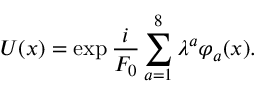
U ( x ) = \exp \frac { i } { F _ { 0 } } \sum _ { a = 1 } ^ { 8 } \lambda ^ { a } \varphi _ { a } ( x ) .